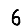
Digit: 6